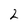
Character: 2